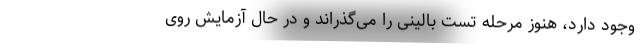
وجود دارد، هنوز مرحله تست بالینی را می‌گذراند و در حال آزمایش روی